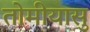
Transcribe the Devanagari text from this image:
तोमीयासु